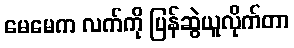
မေမေက လက်ကို ပြန်ဆွဲယူလိုက်တာ